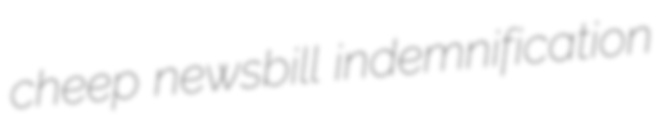
cheep newsbill indemnification